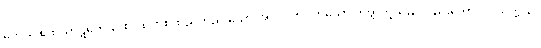
တေသု ဧကသာဋကေသု စ၊ ထိုတစ်ထည်တည်းသော အဝတ်ကိုဝတ်သော တိတ္ထိတို့သည်လည်းကောင်း။ သတ္တသု၊